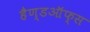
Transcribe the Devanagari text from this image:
हैण्डऑफ्स